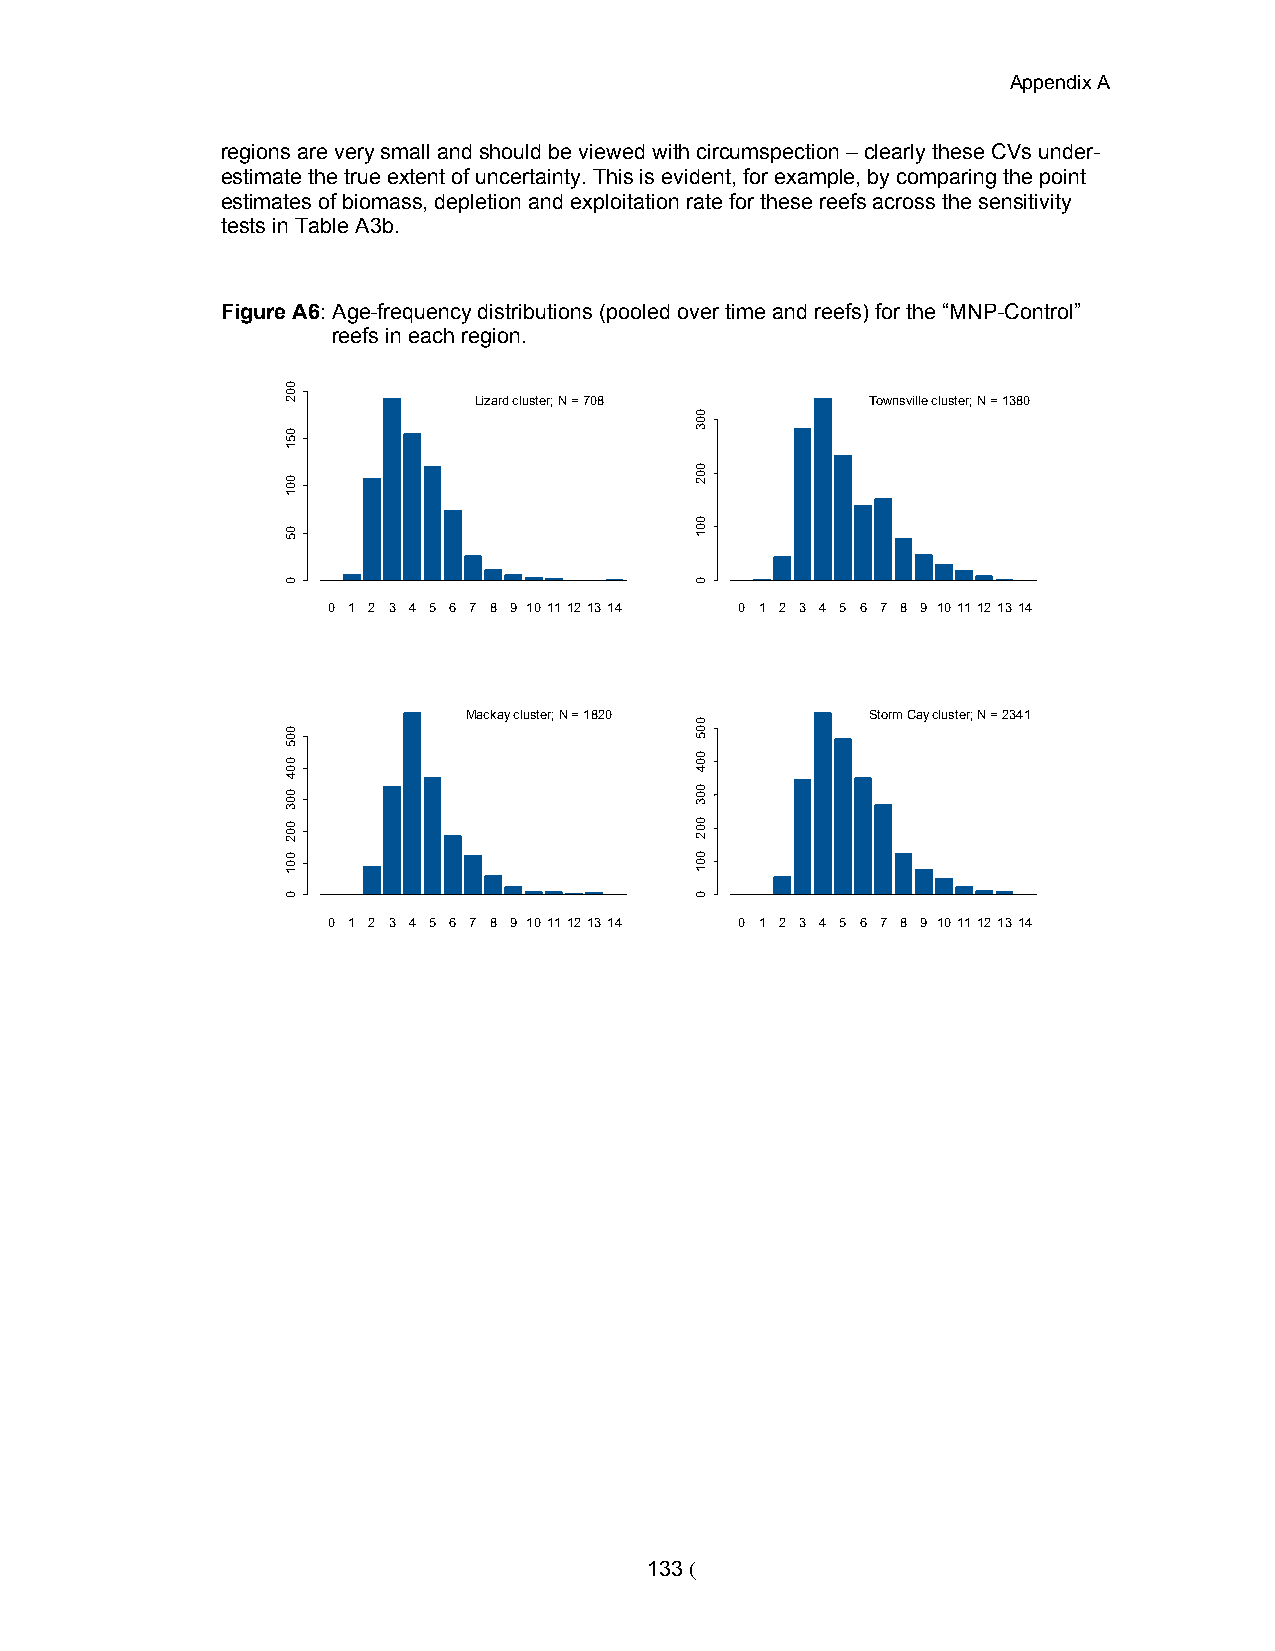
Appendix A
 regions are very small and should be viewed with circumspection – clearly these CVs under-
 estimate the true extent of uncertainty. This is evident, for example, by comparing the point
 estimates of biomass, depletion and exploitation rate for these reefs across the sensitivity
 tests in Table A3b.
 Figure A6: Age-frequency distributions (pooled over time and reefs) for the “MNP-Control”
 reefs in each region.
 Lizard cluster; N = 708    Townsville cluster; N = 1380
 0 1 2 3 4 5 6 7 8 9 1011121314 0 1 2 3 4 5 6 7 8 9 1011121314
 Mackay cluster; N = 1820   Storm Cay cluster; N = 2341
 0 1 2 3 4 5 6 7 8 9 1011121314 0 1 2 3 4 5 6 7 8 9 1011121314
 133 (
 002
 051
 001
 05
 0
 005
 004
 003
 002
 001
 0
 003
 002
 001
 0
 005
 004
 003
 002
 001
 0